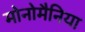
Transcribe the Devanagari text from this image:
मोनोमैनिया